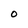
Character: O